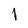
Character: l